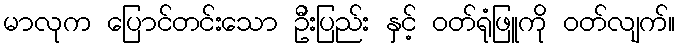
မာလုက ပြောင်တင်းသော ဦးပြည်း နှင့် ဝတ်ရုံဖြူကို ဝတ်လျက်။